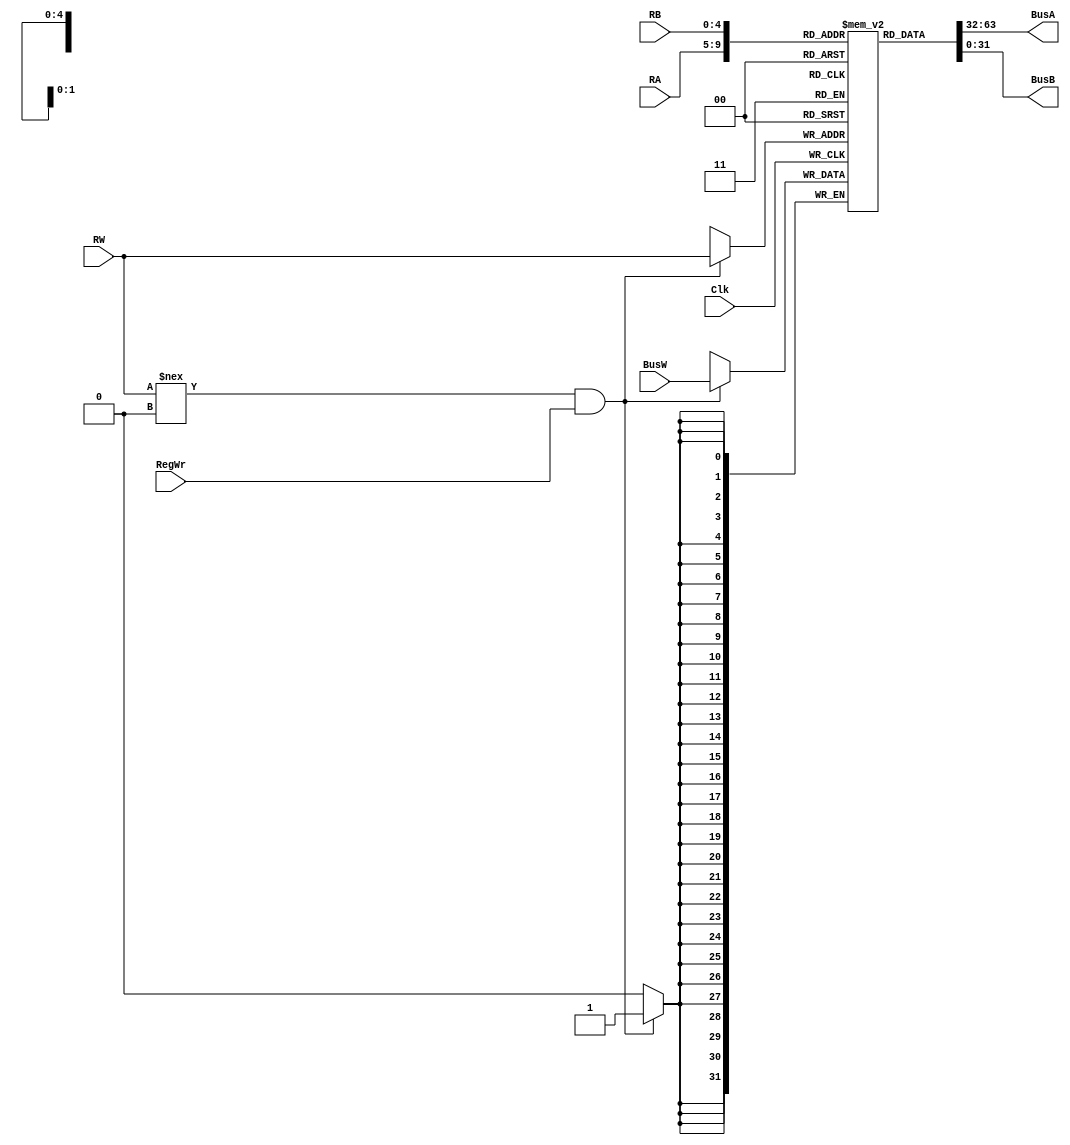
module RegisterFile(BusA, BusB, BusW, RA, RB, RW, RegWr, Clk);
	output [31:0] BusA, BusB; //inputs and outputs 
	input [31:0] BusW;
	input [4:0] RA,RB,RW;
	input RegWr, Clk;

	reg [31:0] registers [31:0]; //32x32 registers

	initial begin //set 0 register to 0 at the beginning
	registers[0]<=31'b0;
	end
	
	assign #2 BusA =  registers[RA];
	assign #2 BusB =  registers[RB]; //nonblocking assignment after 2 time units
	
	
	always @ (posedge Clk) begin //write to register 
		if((RW!==0) && RegWr) 
		  registers[RW] <=  #2 BusW; //can't reassign 0
	end
	
	
endmodule